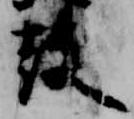
鼓